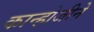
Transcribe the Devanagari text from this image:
कान्होजीने